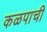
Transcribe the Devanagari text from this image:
कळपाची